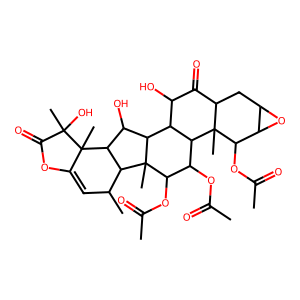
SMILES: CC(=O)OC1C(OC(C)=O)C2(C)C(C(O)C3C2C(C)C=C2OC(=O)C(C)(O)C23C)C2C(O)C(=O)C3CC4OC4C(OC(C)=O)C3(C)C12
Inhibits HIV replication: No